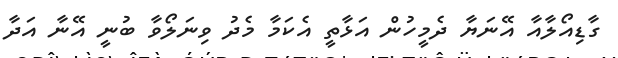
ގާޑިއޯލާއާ އޭނަޔާ ދެމީހުން އަޅާތީ އެކަމާ މެދު ވިނަލޯވާ ބުނީ އޭނާ އަދާ